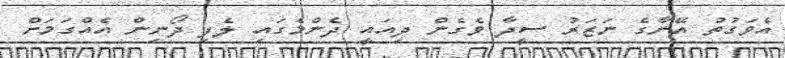
އެވަގުތު އޭނާގެ ނަޒަރު ސީދާ ވެގެން ދިއައީ ދެންމެގައި ލެފި ދޯނިން އެއްގަމަށް